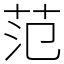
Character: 范